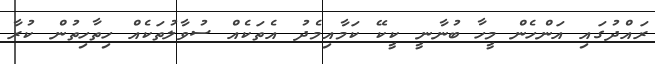
ރައްދުގައި އަންހެން މީހާ ބުނާނީ ކީކޭ ކަމާއިމެދު އެތަކެއް ސުވާލުތަކެއް ހިތާހިތުން ކުރާ